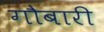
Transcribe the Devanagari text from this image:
गौबारी